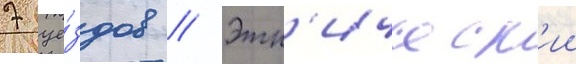
7 уе́здов // Этн'ическ'ии